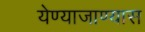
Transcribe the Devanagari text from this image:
येण्याजाण्यास